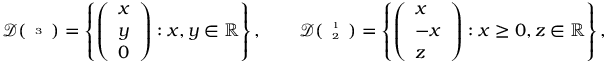
\mathcal { D } ( { \tiny \begin{array} { c } { 3 } \end{array} } ) = \left\{ \left( \begin{array} { l } { x } \\ { y } \\ { 0 } \end{array} \right) : x , y \in \mathbb { R } \right\} , \qquad \mathcal { D } ( { \tiny \begin{array} { c c } { 1 } \\ { 2 } \end{array} } ) = \left\{ \left( \begin{array} { l } { x } \\ { - x } \\ { z } \end{array} \right) : x \geq 0 , z \in \mathbb { R } \right\} ,